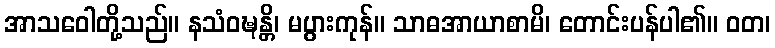
အာသဝေါတို့သည်။ နသံဝဍ္ဎန္တိ၊ မပွားကုန်။ သာဓအာယာစာမိ၊ တောင်းပန်ပါ၏။ ဝတ၊